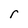
Character: r